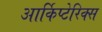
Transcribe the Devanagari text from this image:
आर्किप्टेरिक्स